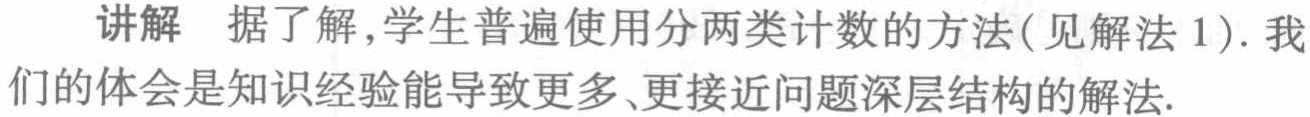
讲解 据了解,学生普遍使用分两类计数的方法(见解法 1). 我们的体会是知识经验能导致更多、更接近问题深层结构的解法.